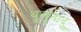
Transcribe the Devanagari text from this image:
थुलुनादु